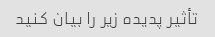
تأثیر پدیده زیر را بیان کنید